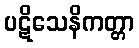
ပဋိသေနိကတ္တာ